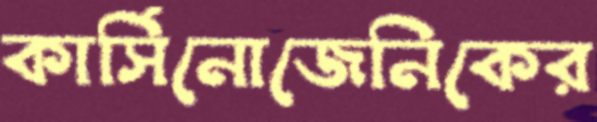
কার্সিনোজেনিকের